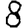
Digit: 8